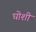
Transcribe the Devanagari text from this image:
घोशी